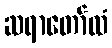
ဆရာတော်ထံ